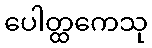
ပေါတ္ထကေသု